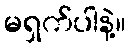
မရှက်ပါနဲ့။